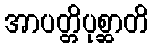
အာပတ္တိပုစ္ဆာတိ